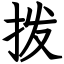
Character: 拨